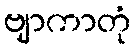
ဗျာကာတုံ